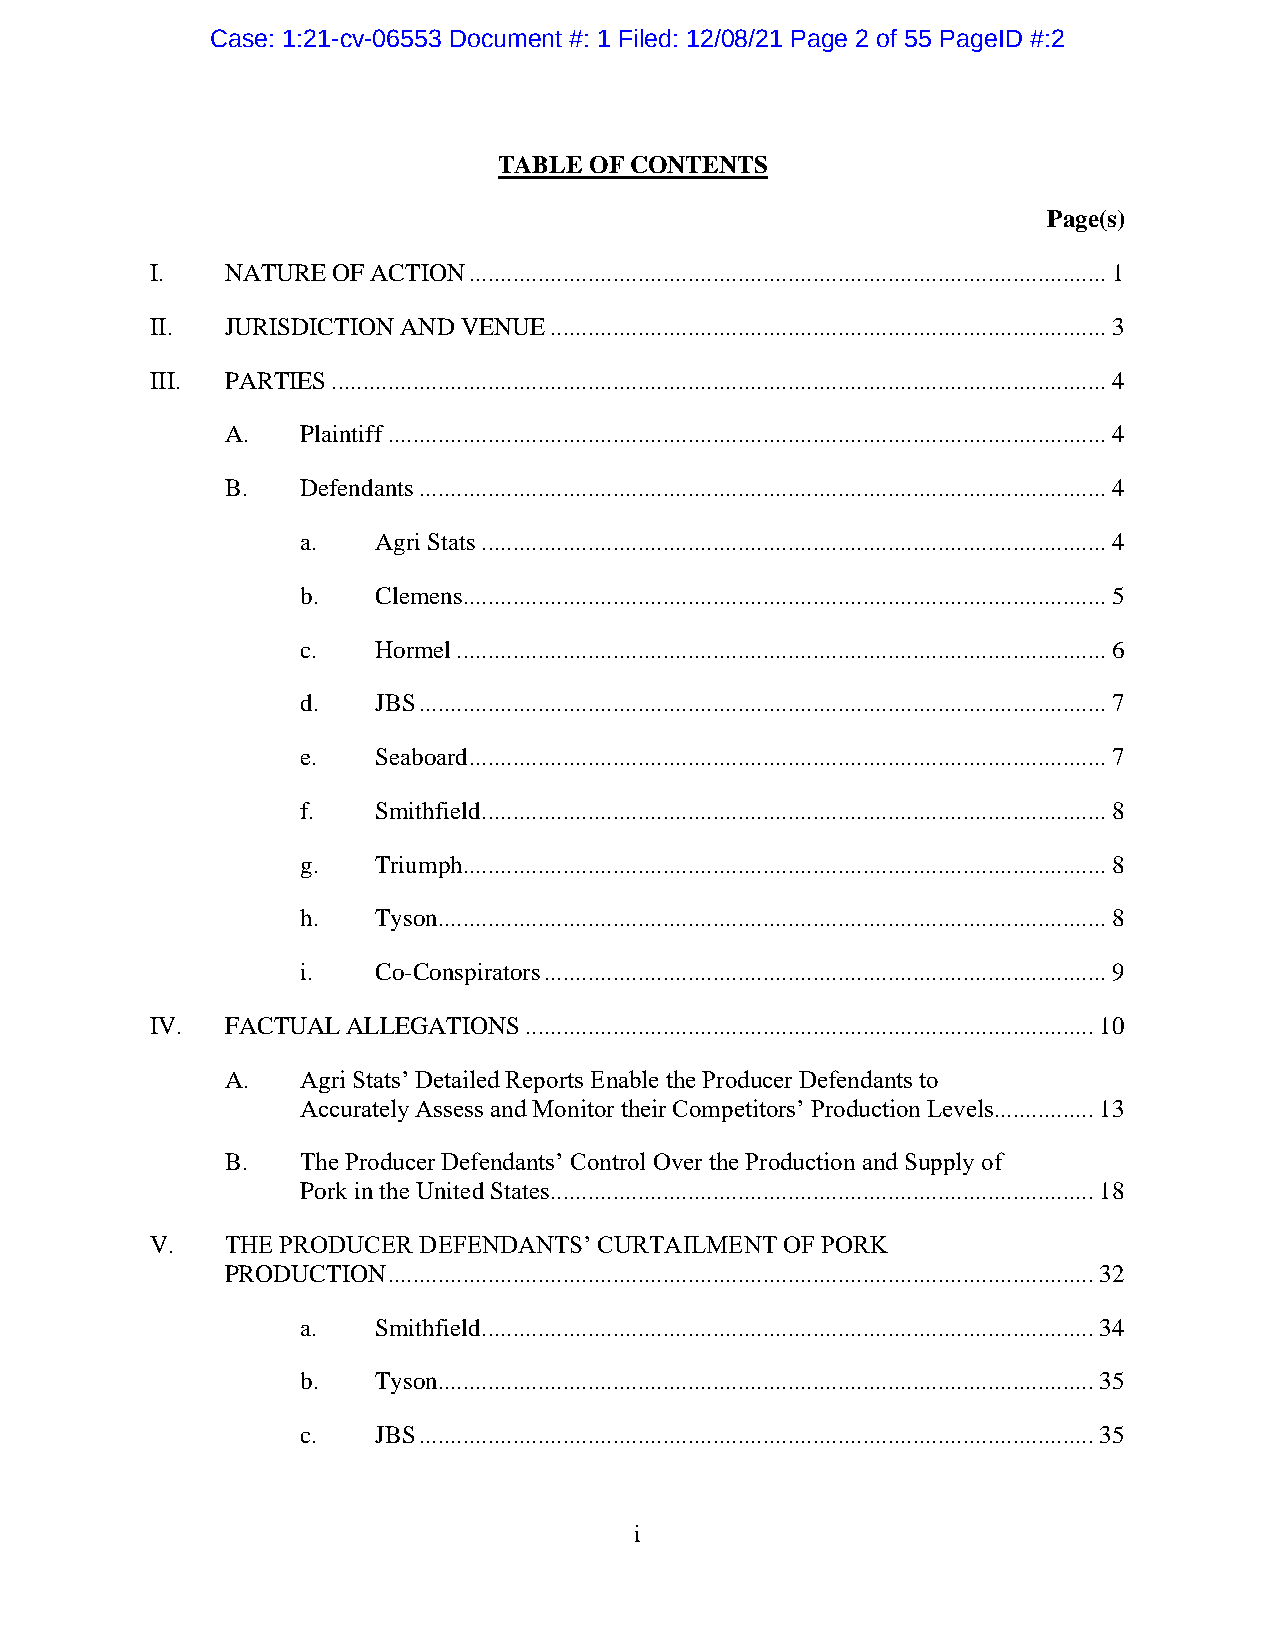
Case: 1:21-cv-06553 Document #: 1 Filed: 12/08/21 Page 2 of 55 PageID #:2
 TABLE OF CONTENTS
 Page(s)
 I.   NATURE OF ACTION ...................................................................................................... 1
 II.  JURISDICTION AND VENUE ......................................................................................... 3
 III. PARTIES ............................................................................................................................ 4
 A.   Plaintiff ................................................................................................................... 4
 B.   Defendants .............................................................................................................. 4
 a.   Agri Stats .................................................................................................... 4
 b.   Clemens....................................................................................................... 5
 c.   Hormel ........................................................................................................ 6
 d.   JBS .............................................................................................................. 7
 e.   Seaboard ...................................................................................................... 7
 f.   Smithfield .................................................................................................... 8
 g.   Triumph....................................................................................................... 8
 h.   Tyson........................................................................................................... 8
 i.   Co-Conspirators .......................................................................................... 9
 IV.  FACTUAL ALLEGATIONS ........................................................................................... 10
 A.   Agri Stats’ Detailed Reports Enable the Producer Defendants to
 Accurately Assess and Monitor their Competitors’ Production Levels ................ 13
 B.   The Producer Defendants’ Control Over the Production and Supply of
 Pork in the United States....................................................................................... 18
 V.   THE PRODUCER DEFENDANTS’ CURTAILMENT OF PORK
 PRODUCTION ................................................................................................................. 32
 a.   Smithfield .................................................................................................. 34
 b.   Tyson......................................................................................................... 35
 c.   JBS ............................................................................................................ 35
 i